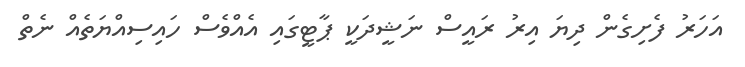
އަހަރު ފެށިގެން ދިޔަ އިރު ރައީސް ނަޝީދަކީ ޕާޓީގައި އެއްވެސް ހައިސިއްޔަތެއް ނެތް